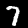
Label: 7